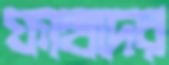
ফাহাদের